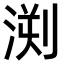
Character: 𣷬